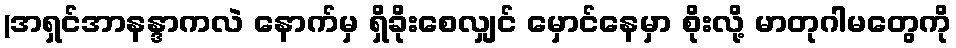
(အရှင်အာနန္ဒာကလဲ နောက်မှ ရှိခိုးစေလျှင် မှောင်နေမှာ စိုးလို့ မာတုဂါမတွေကို